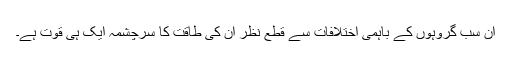
ان سب گروہوں کے باہمی اختلافات سے قطع نظر ان کی طاقت کا سرچشمہ ایک ہی قوت ہے۔